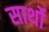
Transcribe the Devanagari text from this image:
सार्थो